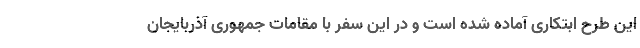
این طرح ابتکاری آماده شده است و در این سفر با مقامات جمهوری آذربایجان